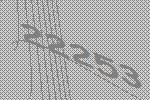
22253